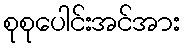
စုစုပေါင်းအင်အား